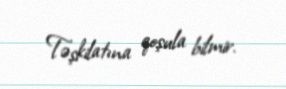
Təşkilatına qoşula bilmir.